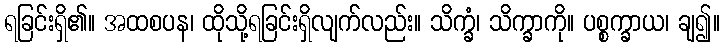
ရခြင်းရှိ၏။ အထစပန၊ ထိုသို့ရခြင်းရှိလျက်လည်း။ သိက္ခံ၊ သိက္ခာကို။ ပစ္စက္ခာယ၊ ချ၍။